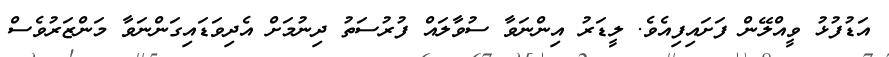
އަޑުފުޅު ވީއްލޭން ފަށައިފިއެވެ. ލީޑަރު އިންނަވާ ސުވާލައް ފުރުސަތު ދިނުމަށް އެދިވަޑައިގަންނަވާ މަންޒަރުވެސް